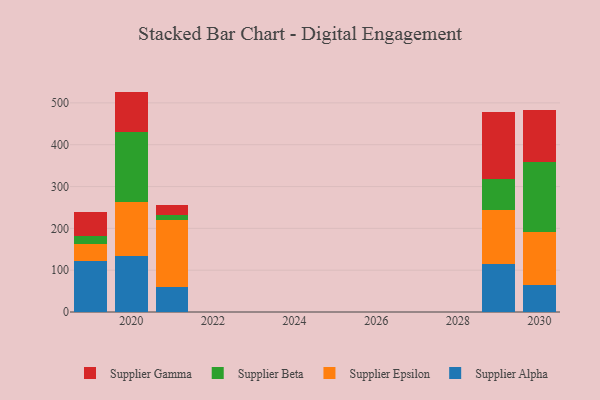
{"axis": {"x": "Year", "y": "Temperature (°C)"}, "legend": ["Supplier Alpha", "Supplier Beta", "Supplier Epsilon", "Supplier Gamma"], "data": [{"x": "2029", "y": 115.9, "type": "Supplier Alpha"}, {"x": "2029", "y": 128.7, "type": "Supplier Epsilon"}, {"x": "2029", "y": 74.6, "type": "Supplier Beta"}, {"x": "2029", "y": 159.4, "type": "Supplier Gamma"}, {"x": "2030", "y": 65.3, "type": "Supplier Alpha"}, {"x": "2030", "y": 124.9, "type": "Supplier Epsilon"}, {"x": "2030", "y": 169.6, "type": "Supplier Beta"}, {"x": "2030", "y": 123.1, "type": "Supplier Gamma"}, {"x": "2020", "y": 135.1, "type": "Supplier Alpha"}, {"x": "2020", "y": 127.9, "type": "Supplier Epsilon"}, {"x": "2020", "y": 168.1, "type": "Supplier Beta"}, {"x": "2020", "y": 95.9, "type": "Supplier Gamma"}, {"x": "2019", "y": 122.5, "type": "Supplier Alpha"}, {"x": "2019", "y": 39.8, "type": "Supplier Epsilon"}, {"x": "2019", "y": 20.3, "type": "Supplier Beta"}, {"x": "2019", "y": 55.4, "type": "Supplier Gamma"}, {"x": "2021", "y": 58.6, "type": "Supplier Alpha"}, {"x": "2021", "y": 162.4, "type": "Supplier Epsilon"}, {"x": "2021", "y": 9.9, "type": "Supplier Beta"}, {"x": "2021", "y": 24.5, "type": "Supplier Gamma"}]}